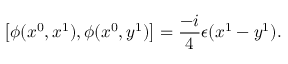
\left[ \phi ( x ^ { 0 } , x ^ { 1 } ) , \phi ( x ^ { 0 } , y ^ { 1 } ) \right] = \frac { - i } { 4 } \epsilon ( x ^ { 1 } - y ^ { 1 } ) .